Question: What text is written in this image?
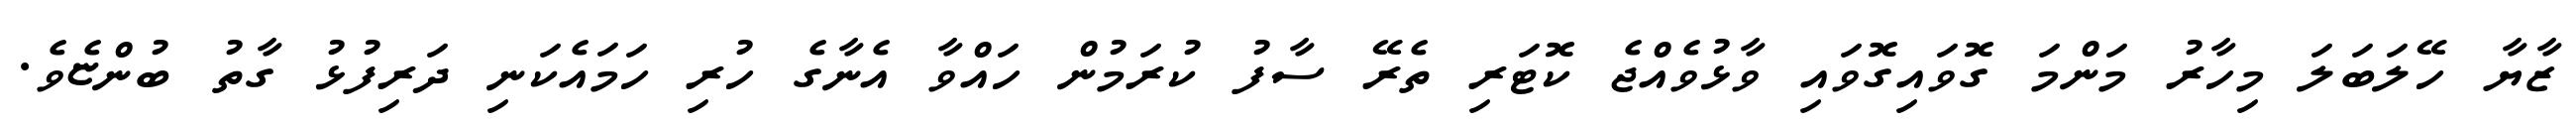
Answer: ޒާޔާ ހޭލަބަލަ މިހާރު މަންމަ ގޮވައިގޮވައި ވާޅުވެއްޖެ ކޮޓަރި ތެރޭ ސާފު ކުރަމުން ހައްވާ އެނާގެ ހުރި ހަމައެކަނި ދަރިފުޅު ގާތު ބުންޏެވެ.